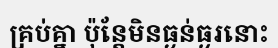
គ្រប់គ្នា ប៉ុន្តែមិនធ្ងន់ធ្ងរនោះ